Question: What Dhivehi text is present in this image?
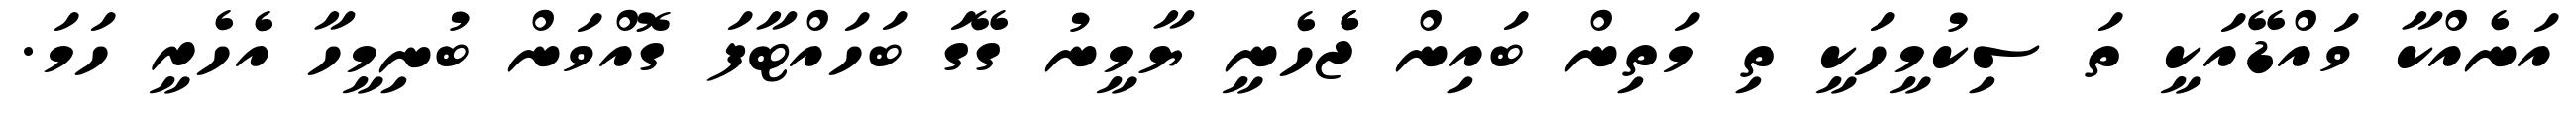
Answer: އަނެއްކާ ވައްޑޭއަކީ ތަ ސިކުމީހަކީ ތި މަތިން ބައިން ޖެެހެނީ ޔާމީނު ގޭގަ ބަހައްޓާފަ ގޮއްވަން ބުނިމީހާ އެހެރީ ހަމަ.